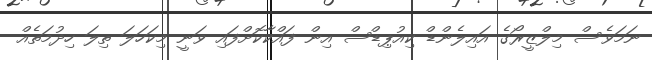
ނަމަވެސް މިލްޒީރޯގެ އައިލެންޑް ކިއުޕިޑްސް އިން ފައްކާކޮށްފައި ވަނީ މިކަހަލަ ތިލަ ހިދުމަތެއް